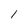
Character: 1